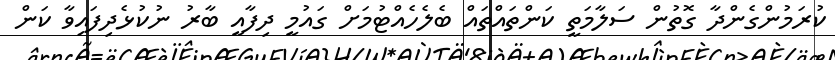
ކުރަމުންގެންދާ ގޮތުން ސަލާމަތީ ކަންތައްތައް ބެލެހެއްޓުމަށް ގައުމީ ދިފާއީ ބާރު ނުކުޅެދިފައިވާ ކަން